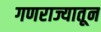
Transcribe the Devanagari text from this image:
गणराज्यातून